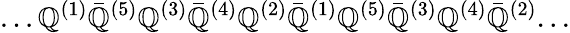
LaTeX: ...\mathbb{Q}^{(1)}{\bar{{\mathbb{Q}}}}^{(5)}\mathbb{Q}^{(3)}{\bar{{\mathbb{Q}}}}^{(4)}\mathbb{Q}^{(2)}{\bar{{\mathbb{Q}}}}^{(1)}\mathbb{Q}^{(5)}{\bar{{\mathbb{Q}}}}^{(3)}\mathbb{Q}^{(4)}{\bar{{\mathbb{Q}}}}^{(2)}...